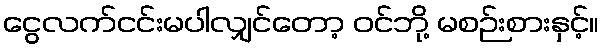
ငွေလက်ငင်းမပါလျှင်တော့ ဝင်ဘို့ မစဉ်းစားနှင့်။